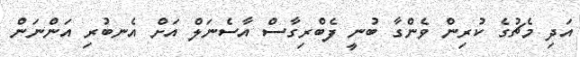
އަދި މެޗުގެ ކުރިން ވެންގާ ބުނީ ފެބްރިގާސް އާސެނަލް އަށް އެނބުރި އަންނަން